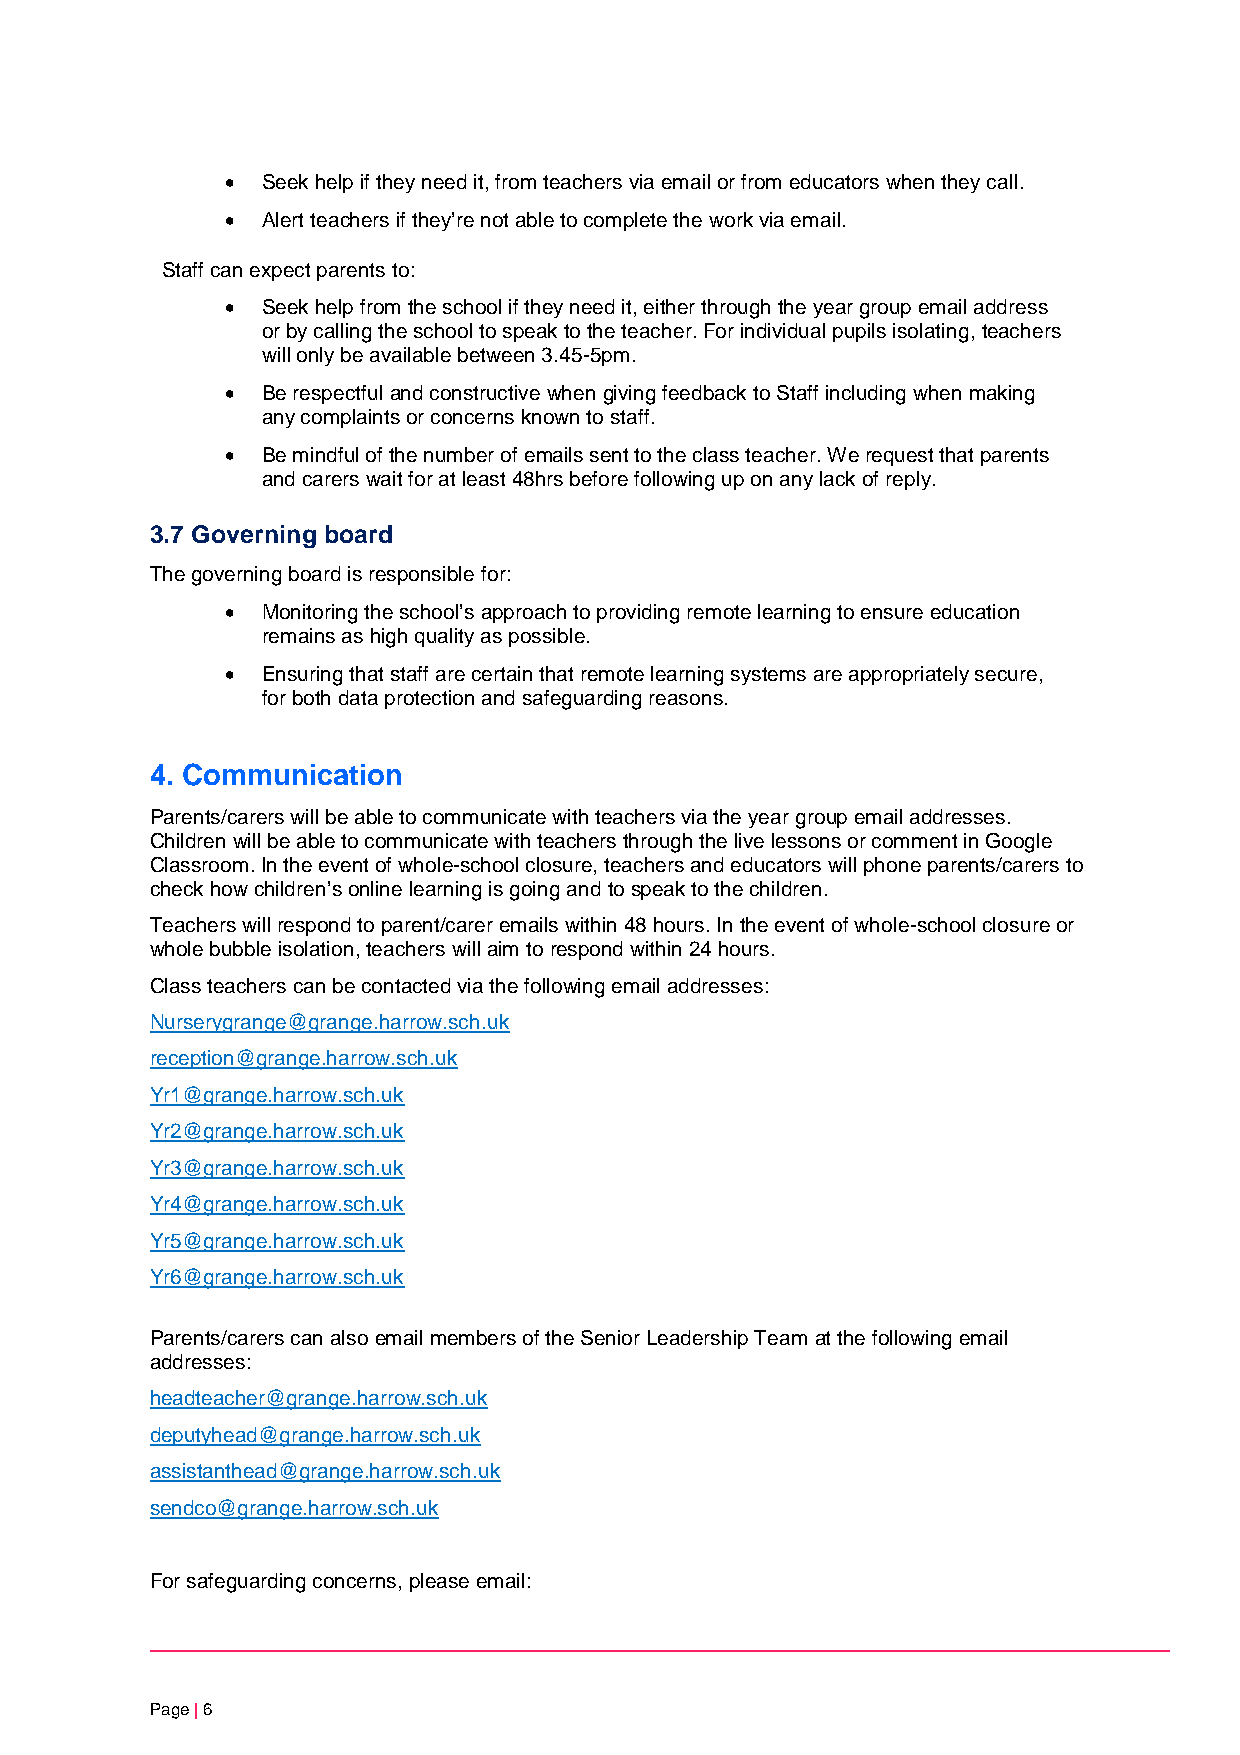
• Seek help if they need it, from teachers via email or from educators when they call.
 • Alert teachers if they’re not able to complete the work via email.
 Staff can expect parents to:
 • Seek help from the school if they need it, either through the year group email address
 or by calling the school to speak to the teacher. For individual pupils isolating, teachers
 will only be available between 3.45-5pm.
 • Be respectful and constructive when giving feedback to Staff including when making
 any complaints or concerns known to staff.
 • Be mindful of the number of emails sent to the class teacher. We request that parents
 and carers wait for at least 48hrs before following up on any lack of reply.
 3.7 Governing board
 The governing board is responsible for:
 • Monitoring the school’s approach to providing remote learning to ensure education
 remains as high quality as possible.
 • Ensuring that staff are certain that remote learning systems are appropriately secure,
 for both data protection and safeguarding reasons.
 4. Communication
 Parents/carers will be able to communicate with teachers via the year group email addresses.
 Children will be able to communicate with teachers through the live lessons or comment in Google
 Classroom. In the event of whole-school closure, teachers and educators will phone parents/carers to
 check how children’s online learning is going and to speak to the children.
 Teachers will respond to parent/carer emails within 48 hours. In the event of whole-school closure or
 whole bubble isolation, teachers will aim to respond within 24 hours.
 Class teachers can be contacted via the following email addresses:
 Nurserygrange@grange.harrow.sch.uk
 reception@grange.harrow.sch.uk
 Yr1@grange.harrow.sch.uk
 Yr2@grange.harrow.sch.uk
 Yr3@grange.harrow.sch.uk
 Yr4@grange.harrow.sch.uk
 Yr5@grange.harrow.sch.uk
 Yr6@grange.harrow.sch.uk
 Parents/carers can also email members of the Senior Leadership Team at the following email
 addresses:
 headteacher@grange.harrow.sch.uk
 deputyhead@grange.harrow.sch.uk
 assistanthead@grange.harrow.sch.uk
 sendco@grange.harrow.sch.uk
 For safeguarding concerns, please email:
 Page | 6